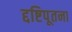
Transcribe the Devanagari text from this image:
द्दष्टिपूतना